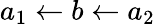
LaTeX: a_{1}\leftarrow b\leftarrow a_{2}